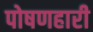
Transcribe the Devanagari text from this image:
पोषणहारी